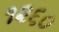
૧૨૬૦